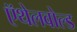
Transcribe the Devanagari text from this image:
ऍथेलवोल्ड